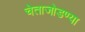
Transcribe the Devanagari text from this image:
चेताजोडण्या